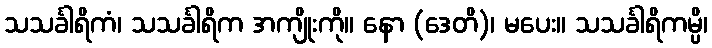
သသင်္ခါရိကံ၊ သသင်္ခါရိက အကျိုးကို။ နော (ဒေတိ)၊ မပေး။ သသင်္ခါရိကမ္ပိ၊